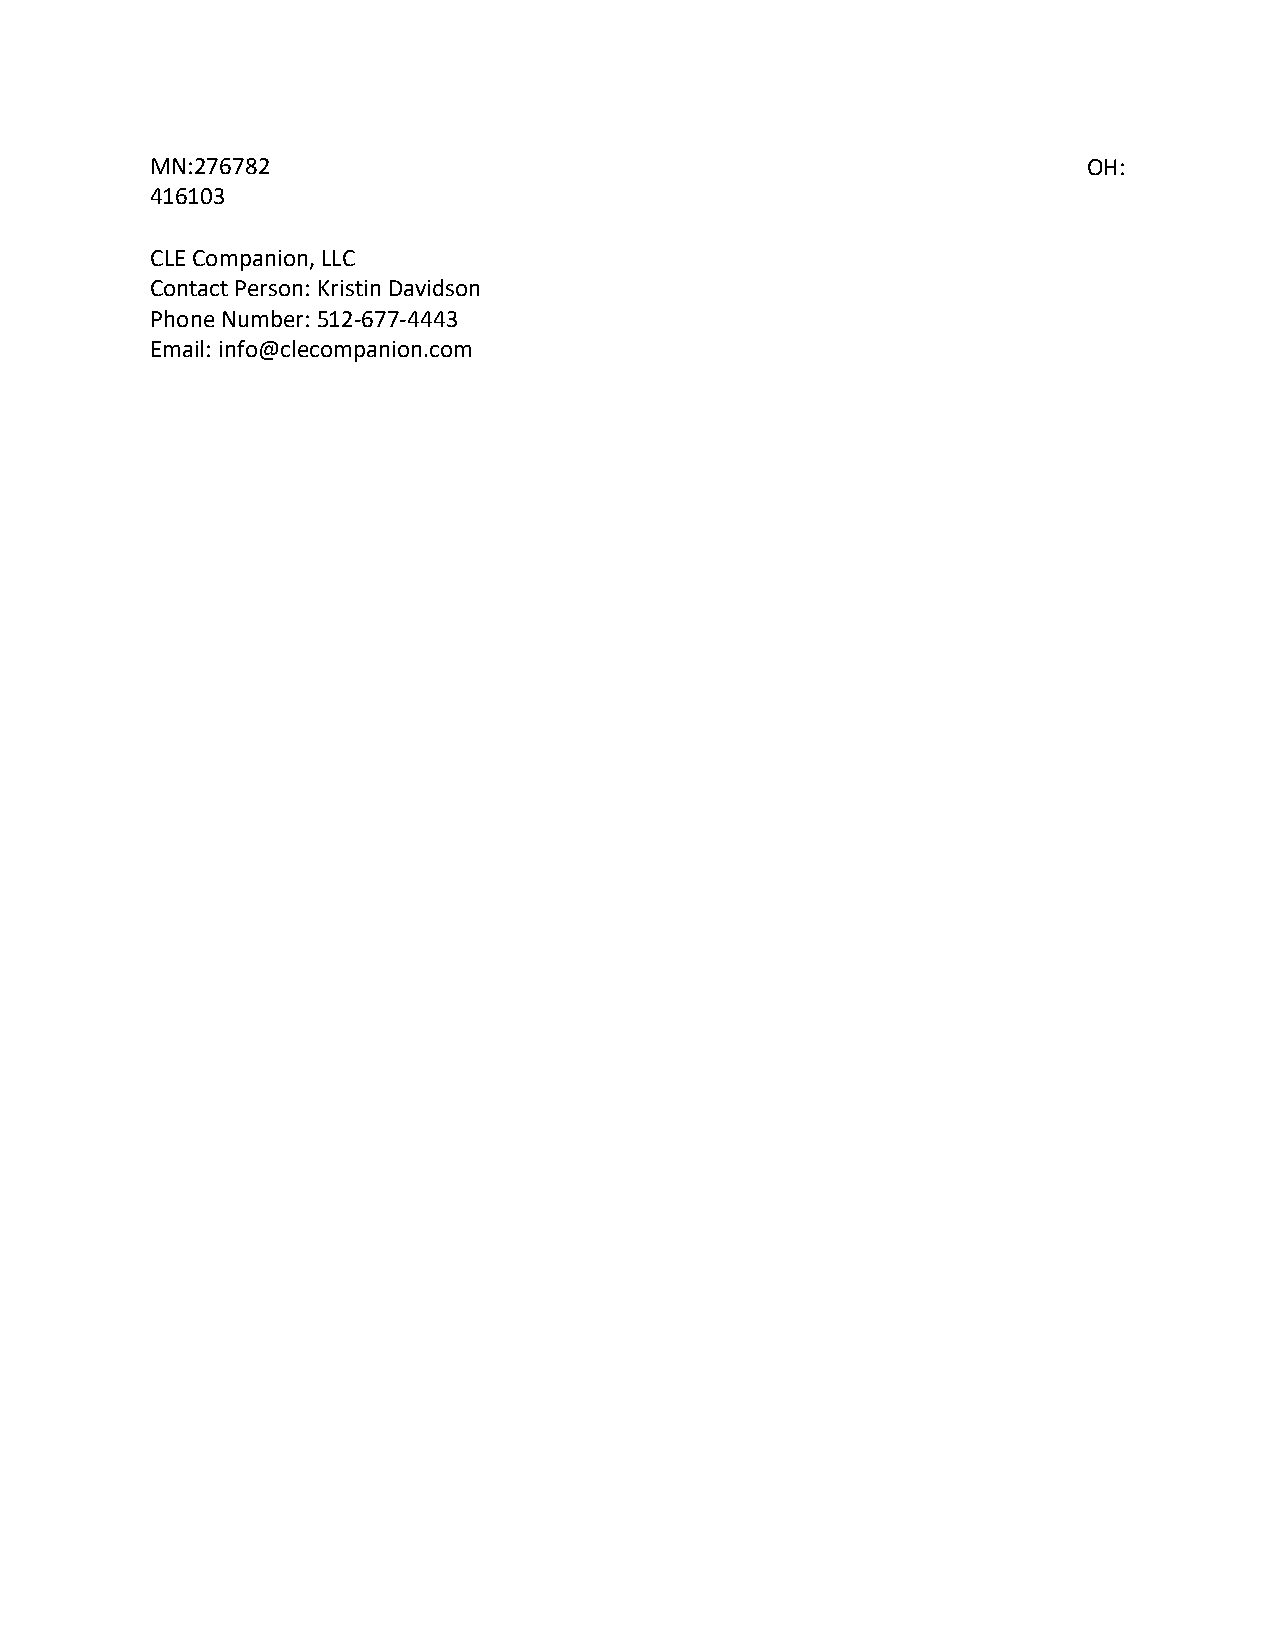
MN:276782                                                     OH:
 416103
 CLE Companion, LLC
 Contact Person: Kristin Davidson
 Phone Number: 512-677-4443
 Email: info@clecompanion.com